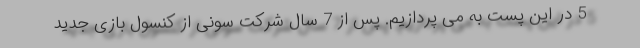
5 در این پست به می پردازیم. پس از 7 سال شرکت سونی از کنسول بازی جدید